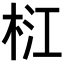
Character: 𣑴